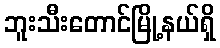
ဘူးသီးတောင်မြို့နယ်ရှိ